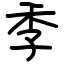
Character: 季